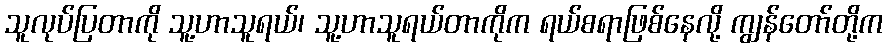
သူလုပ်ပြတာကို သူ့ဟာသူရယ်၊ သူ့ဟာသူရယ်တာကိုက ရယ်စရာဖြစ်နေလို့ ကျွန်တော်တို့က